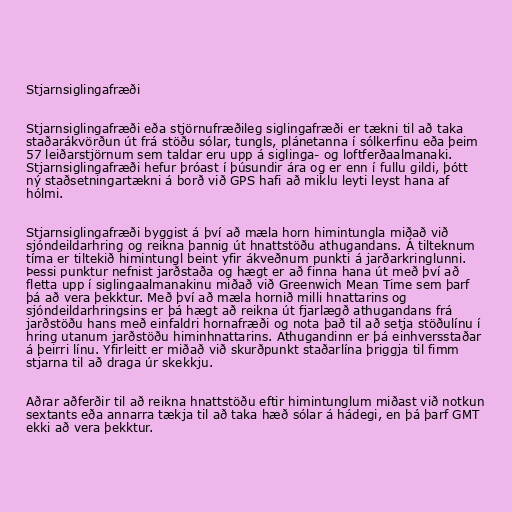
Stjarnsiglingafræði

Stjarnsiglingafræði eða stjörnufræðileg siglingafræði er tækni til að taka
staðarákvörðun út frá stöðu sólar, tungls, plánetanna í sólkerfinu eða þeim
57 leiðarstjörnum sem taldar eru upp á siglinga- og loftferðaalmanaki.
Stjarnsiglingafræði hefur þróast í þúsundir ára og er enn í fullu gildi, þótt
ný staðsetningartækni á borð við GPS hafi að miklu leyti leyst hana af
hólmi.

Stjarnsiglingafræði byggist á því að mæla horn himintungla miðað við
sjóndeildarhring og reikna þannig út hnattstöðu athugandans. Á tilteknum
tíma er tiltekið himintungl beint yfir ákveðnum punkti á jarðarkringlunni.
Þessi punktur nefnist jarðstaða og hægt er að finna hana út með því að
fletta upp í siglingaalmanakinu miðað við Greenwich Mean Time sem þarf
þá að vera þekktur. Með því að mæla hornið milli hnattarins og
sjóndeildarhringsins er þá hægt að reikna út fjarlægð athugandans frá
jarðstöðu hans með einfaldri hornafræði og nota það til að setja stöðulínu í
hring utanum jarðstöðu himinhnattarins. Athugandinn er þá einhversstaðar
á þeirri línu. Yfirleitt er miðað við skurðpunkt staðarlína þriggja til fimm
stjarna til að draga úr skekkju.

Aðrar aðferðir til að reikna hnattstöðu eftir himintunglum miðast við notkun
sextants eða annarra tækja til að taka hæð sólar á hádegi, en þá þarf GMT
ekki að vera þekktur.